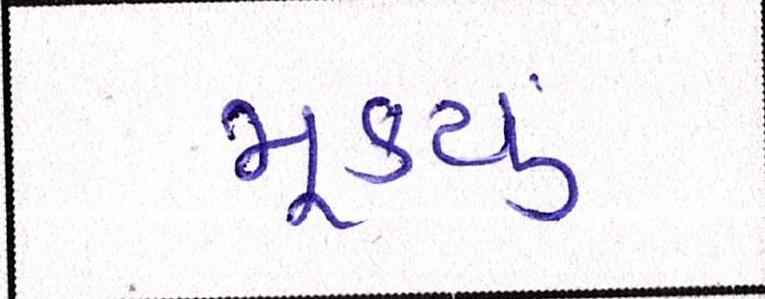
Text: મૂક્યું